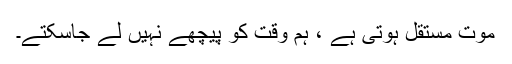
موت مستقل ہوتی ہے ، ہم وقت کو پیچھے نہیں لے جاسکتے۔